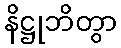
နိဋ္ဌုဘိတွာ